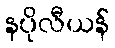
နပိုလီယန်